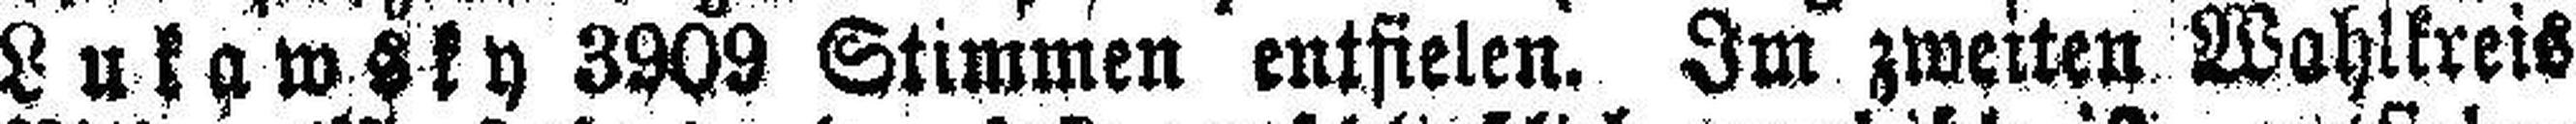
Lukawsky 3909 Stimmen entfielen. Im zweiten Wahlkreis